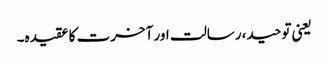
یعنی توحید، رسالت اور آخرت کا عقیدہ۔